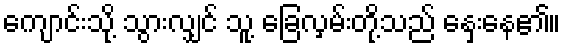
ကျောင်းသို့ သွားလျှင် သူ့ ခြေလှမ်းတို့သည် နှေးနေ၏။